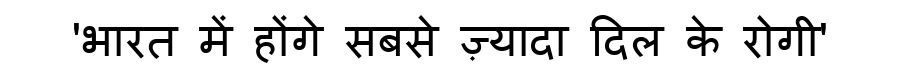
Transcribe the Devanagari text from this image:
'भारत में होंगे सबसे ज़्यादा दिल के रोगी'